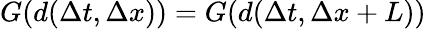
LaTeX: G(d(\Delta t,\Delta x))=G(d(\Delta t,\Delta x+L))